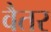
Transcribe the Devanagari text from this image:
वैतर